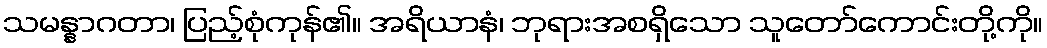
သမန္နာဂတာ၊ ပြည့်စုံကုန်၏။ အရိယာနံ၊ ဘုရားအစရှိသော သူတော်ကောင်းတို့ကို။